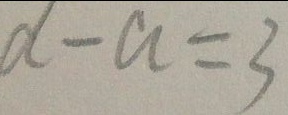
d - a = 3